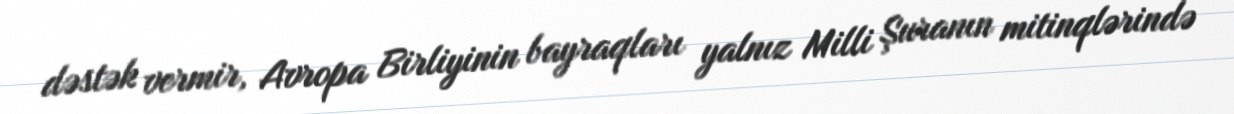
dəstək vermir, Avropa Birliyinin bayraqları yalnız Milli Şuranın mitinqlərində